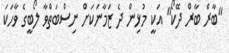
"ބާރް ބާރް ދޭކޯ" އަކީ މުޅިން ދެ ޒަމާނަކަށް ނިސްބަތްވާ ލޯބީގެ ވާހަކަ